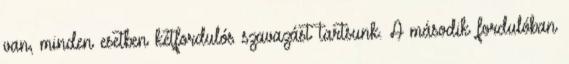
van, minden esetben kétfordulós szavazást tartsunk. A második fordulóban